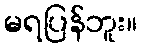
မရပြန်ဘူး။